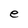
Character: e